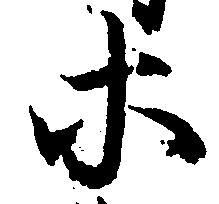
等